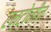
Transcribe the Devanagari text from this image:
एन्टोनीन